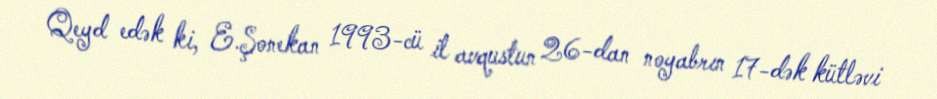
Qeyd edək ki, E.Şonekan 1993-cü il avqustun 26-dan noyabrın 17-dək kütləvi